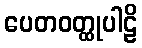
ပေတဝတ္ထုပါဠိ